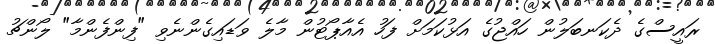
ރައީސްގެ ދެކަނބަލުން ހައްޖުގެ އަޅުކަމަށް ފަހު އެއާޕޯޓުން މާލެ ވަޑައިގެންނެވި "ފިންފެންމާ" ލޯންޗު